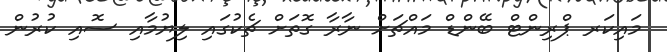
މައިކަރ ޕްރިންޓް ބޭންޑް މައްޗަށް ނާރާ ގޮތަށް ޗެކުގައި ލިޔުމާއި ސޮއި ކުރުން